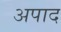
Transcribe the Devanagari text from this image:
अपाद